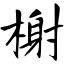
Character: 榭